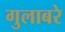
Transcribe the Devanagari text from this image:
गुलाबरे